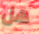
هل